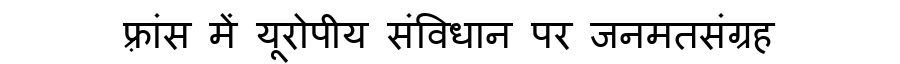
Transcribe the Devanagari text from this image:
फ़्रांस में यूरोपीय संविधान पर जनमतसंग्रह